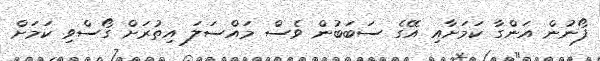
ފޯނުން އަންގާ ކަމަށާއި އޭގެ ސަބަބުން ވެސް މައްސަލަ އިތުރަށް ގޯސްވި ކަމަށް